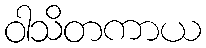
ဝါသိတကာယ